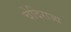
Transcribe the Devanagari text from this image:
चेदिराज्य